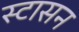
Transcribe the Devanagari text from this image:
स्टासन